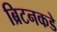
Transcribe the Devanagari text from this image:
ब्रिटनकडे